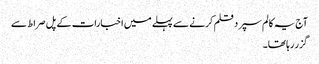
آج یہ کالم سپرد قلم کرنے سے پہلے میں اخبارات کے پل صراط سے
گزر رہا تھا۔